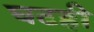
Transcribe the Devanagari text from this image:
घटही